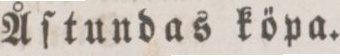
Åſtundas köpa.